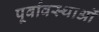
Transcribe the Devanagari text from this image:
पूर्वावस्थाओं